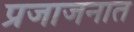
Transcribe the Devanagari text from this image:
प्रजाजनात